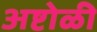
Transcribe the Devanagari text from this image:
अष्टोळी